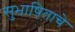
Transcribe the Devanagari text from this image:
सुभाषिताचे